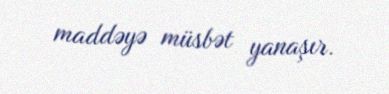
maddəyə müsbət yanaşır.